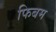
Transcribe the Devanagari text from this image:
फिबम